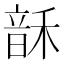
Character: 𬰻